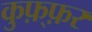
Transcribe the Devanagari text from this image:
कुफ़्फ़र